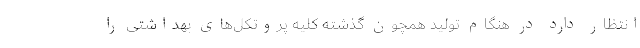
انتظار دارد در هنگام تولید همچون گذشته کلیه پروتکل‌های بهداشتی را